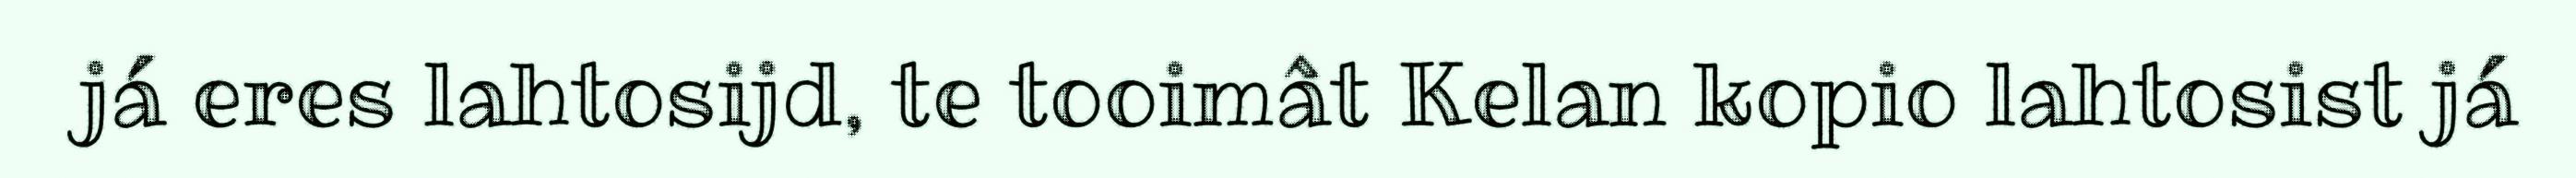
já eres lahtosijd, te tooimât Kelan kopio lahtosist já